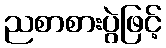
ညစာစားပွဲဖြင့်